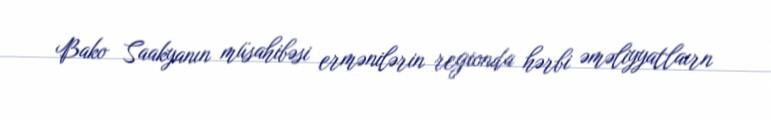
Bako Saakyanın müsahibəsi ermənilərin regionda hərbi əməliyyatlaırn